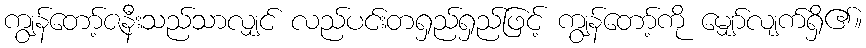
ကျွန်တော့်ဇနီးသည်သာလျှင် လည်ပင်းတရှည်ရှည်ဖြင့် ကျွန်တော့်ကို မျှော်လျက်ရှိ၏။